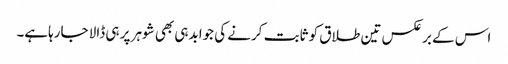
اس کے برعکس تین طلاق کو ثابت کرنے کی جوابدہی بھی شوہر پر ہی ڈالا جارہاہے۔